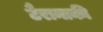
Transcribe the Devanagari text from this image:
टैरानाकी